Report on the bubonic plague in Bombay, 1896-1897
Year: 1896
Disease focus: Plague
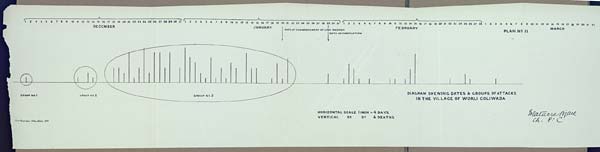
DIAGRAM SHEWING DATES & GROUPS OF ATTACKS
IN THE VILLAGE OF WORLI COLIWADA
Govt. Photozinco: Office, Poona, 1897.
HORIZONTAL SCALE 1 INCH = 4 DAYS
VERTICAL Do. Do. 4 DEATHS